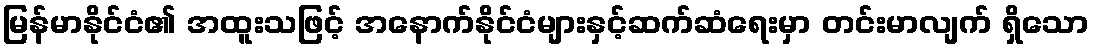
မြန်မာနိုင်ငံ၏ အထူးသဖြင့် အနောက်နိုင်ငံများနှင့်ဆက်ဆံရေးမှာ တင်းမာလျက် ရှိသော